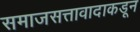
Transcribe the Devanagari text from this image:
समाजसत्तावादाकडून